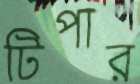
টিপার